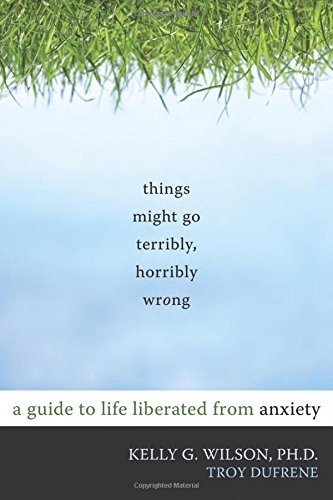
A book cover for Things Might Go Terribly, Horribly Wrong: A Guide to Life Liberated from Anxiety; Kelly G. Wilson PhD; Health, Fitness & Dieting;